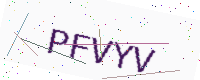
Text: PFVYV